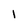
Character: 1